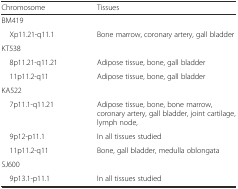
<table><thead><tr><td><b>Chromosome</b></td><td><b>Tissues</b></td></tr></thead><tbody><tr><td colspan="2">BM419</td></tr><tr><td> Xp11.21-q11.1</td><td>Bone marrow, coronary artery, gall bladder</td></tr><tr><td colspan="2">KT538</td></tr><tr><td> 8p11.21-q11.21</td><td>Adipose tissue, bone, gall bladder</td></tr><tr><td> 11p11.2-q11</td><td>Adipose tissue, bone, gall bladder</td></tr><tr><td colspan="2">KA522</td></tr><tr><td> 7p11.1-q11.21</td><td>Adipose tissue, bone, bone marrow, coronary artery, gall bladder, joint cartilage, lymph node,</td></tr><tr><td> 9p12-p11.1</td><td>In all tissues studied</td></tr><tr><td> 11p11.2-q11</td><td>Bone, gall bladder, medulla oblongata</td></tr><tr><td colspan="2">SJ600</td></tr><tr><td> 9p13.1-p11.1</td><td>In all tissues studied</td></tr></tbody></table>